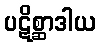
ပဋိစ္ဆာဒါယ